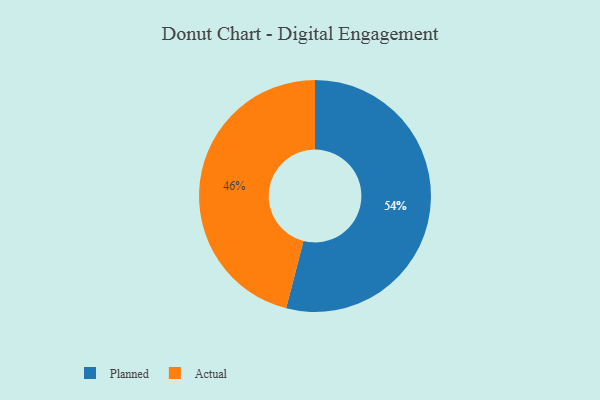
{"axis": {"x": "Category", "y": "Percentage"}, "legend": ["Actual", "Planned"], "data": [{"x": "Actual", "y": 46, "type": "Actual"}, {"x": "Planned", "y": 54, "type": "Planned"}]}